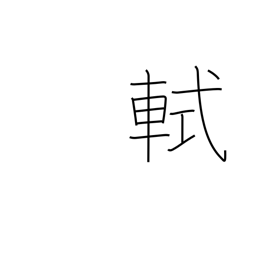
Meaning: front railing on a carriage